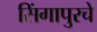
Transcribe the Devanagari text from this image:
सिंगापुरचे